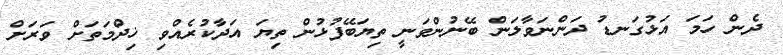
ދެން ހަމަ އަޅުގަނޑު ދަންނަވާލަން ބޭނުންވަނީ ތިޔަބޭފުޅުން ތިޔަ އަދާކުރެއްވި ޚިދްމަތަށް ވަރަށް